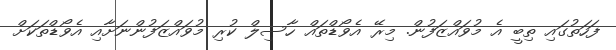
ފަހަތުގައި ތިބީ އެ މުވައްޒަފުން. މިރޭ އެވޯޑްތައް ހާސިލް ކުރި މުވައްޒަފުންނަށާއި އެވޯޑްތަކަށް